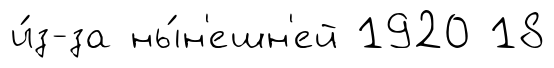
и́з-за ны́н'ешн'ей 1920 18